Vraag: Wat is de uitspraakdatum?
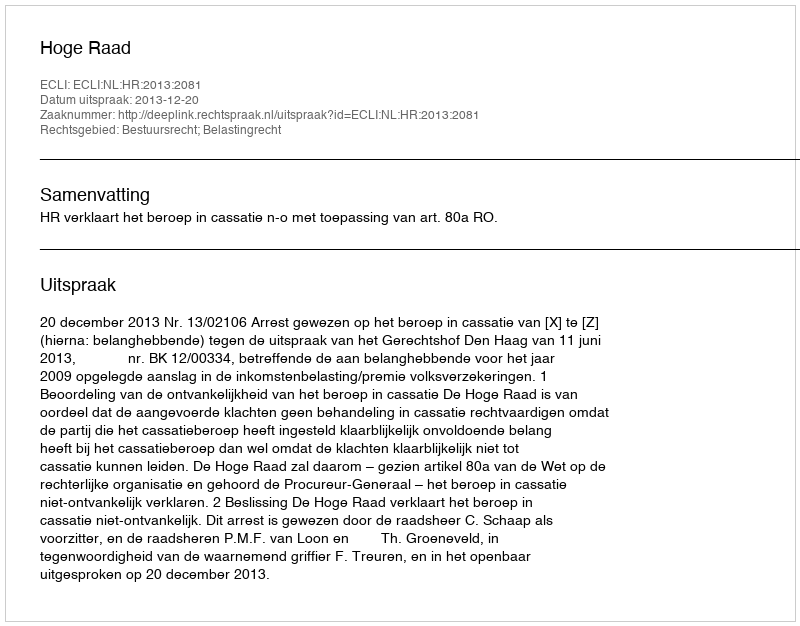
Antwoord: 2013-12-20